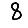
Digit: 8